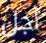
أجل